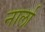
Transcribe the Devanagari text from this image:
नार्ला